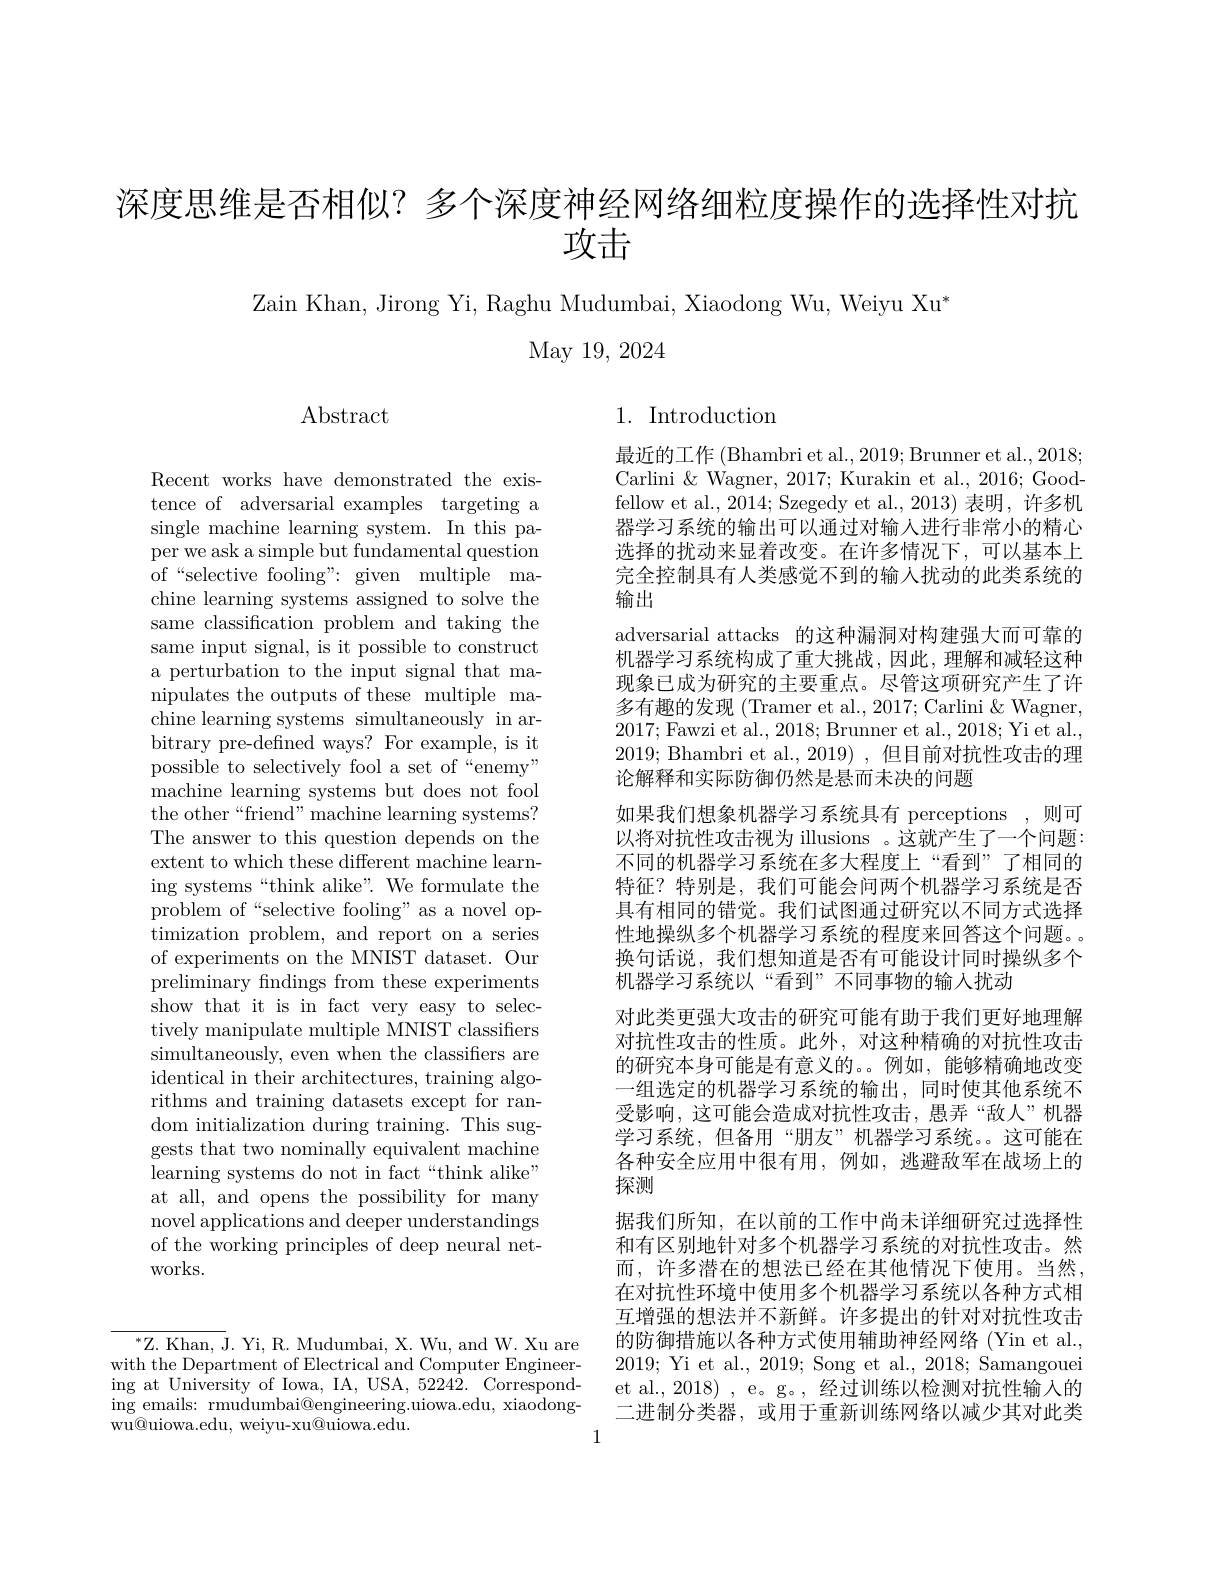
深度思维是否相似？多个深度神经网络细粒度操作的选择性对抗
攻击

Zain Khan, Jirong Yi, Raghu Mudumbai, Xiaodong Wu, Weiyu Xu'
# May 19, 2024

Abstract

1. Introduction

Recent works have demonstrated the existence of adversarial examples targeting a single machine learning system. In this paper we ask a simple but fundamental question of“selective fooling”: given multiple machine learning systems assigned to solve the same classification problem and taking the same input signal, is it possible to construct a perturbation to the input signal that manipulates the outputs of these multiple ma- $\bar{\text{chine learning systems simultaneously in ar-}}$ bitrary pre-defined ways? For example, is it possible to selectively fool a set of“enemy” machine learning systems but does not fool the other“friend”machine learning systems? The answer to this question depends on the extent to which these different machine learning systems“think alike”. We formulate the problem of“selective fooling”as a novel optimization problem, and report on a series of experiments on the MNIST dataset. Our preliminary findings from these experiments show that it is in fact very easy to selectively manipulate multiple MNIST classifiers simultaneously, even when the classifiers are identical in their architectures, training algorithms and training datasets except for random initialization $\bar\text{during training. This sug-}$ gests that two nominally equivalent machine learning systems do not in fact“think alike” at all, and opens the possibility for many novel applications and deeper understandings of the working principles of deep neural networks.

最近的工作 (Bhambri et al., 2019; Brunner et al., 2018; Carlini & Wagner, 2017; Kurakin et al., 2016; Goodfellow et al., 2014; Szegedy et al., 2013)表明，许多机器学习系统的输出可以通过对输人进行非常小的精心选择的扰动来显着改变。在许多情况下，可以基本上完全控制具有人类感觉不到的输人扰动的此类系统的输出
adversarial attacks 的这种漏洞对构建强大而可靠的机器学习系统构成了重大挑战，因此，理解和减轻这种现象已成为研究的主要重点。尽管这项研究产生了许多有趣的发现(Tramer et al., 2017; Carlini & Wagner, 2017; Fawzi et al., 2018; Brunner et al., 2018; Yi et al., 2019; Bhambri et al., 2019) , 但目前对抗性攻击的理论解释和实际防御仍然是悬而未决的问题
如果我们想象机器学习系统具有 perceptions ,则可以将对抗性攻击视为 illusions 。这就产生了一个问题： 不同的机器学习系统在多大程度上“看到”了相同的特征？特别是，我们可能会问两个机器学习系统是否具有相同的错觉。我们试图通过研究以不同方式选择性地操纵多个机器学习系统的程度来回答这个问题。换句话说，我们想知道是否有可能设计同时操纵多个机器学习系统以“看到”不同事物的输入扰动
对此类更强大攻击的研究可能有助于我们更好地理解对抗性攻击的性质。此外，对这种精确的对抗性攻击的研究本身可能是有意义的。。例如，能够精确地改变一组选定的机器学习系统的输出，同时使其他系统不受影响，这可能会造成对抗性攻击，愚弄“敌人”机器学习系统，但备用“朋友”机器学习系统。这可能在各种安全应用中很有用，例如，逃避敌军在战场上的探测
据我们所知，在以前的工作中尚未详细研究过选择性和有区别地针对多个机器学习系统的对抗性攻击。然而，许多潜在的想法已经在其他情况下使用。当然， 在对抗性环境中使用多个机器学习系统以各种方式相互增强的想法并不新鲜。许多提出的针对对抗性攻击的防御措施以各种方式使用辅助神经网络(Yin et al., 2019; Yi et al., 2019; Song et al., 2018; Samangouei et al., 2018) , e。g。, 经过训练以检测对抗性输入的二进制分类器，或用于重新训练网络以减少其对此类
1

$^{*}$Z. Khan, J. Yi, R. Mudumbai, X. Wu, and W. Xu are with the Department of Electrical and Computer Engineering at University of Iowa, IA, USA, 52242. Corresponding emails: rmudumbai@engineering.uiowa.edu, xiaodongwu@uiowa.edu, weiyu-xu@uiowa.edu.